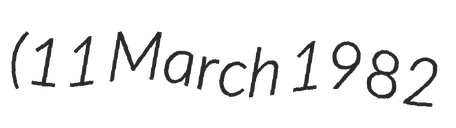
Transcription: (11 March 1982